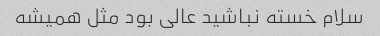
سلام خسته نباشید عالی بود مثل همیشه